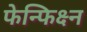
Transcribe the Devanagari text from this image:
फेन्फिक्ष्न